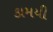
કામયી